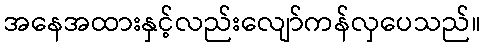
အနေအထားနှင့်လည်းလျော်ကန်လှပေသည်။